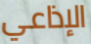
الإذاعي